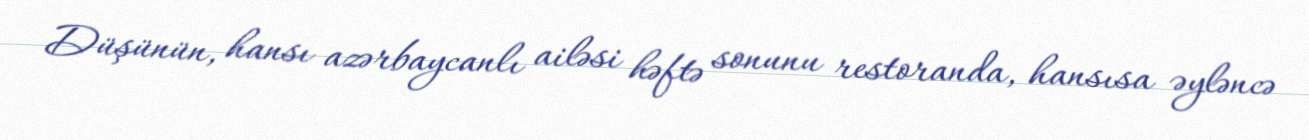
Düşünün, hansı azərbaycanlı ailəsi həftə sonunu restoranda, hansısa əyləncə